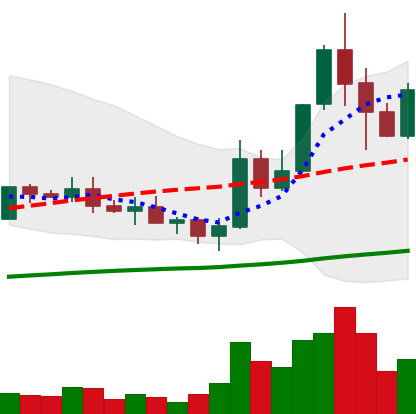
Ticker: ADA-USD
Chart end date: 2019-05-19
Forward return: -7.043%
Label: down_7plus